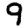
Digit: 9